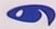
و